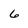
Character: 6